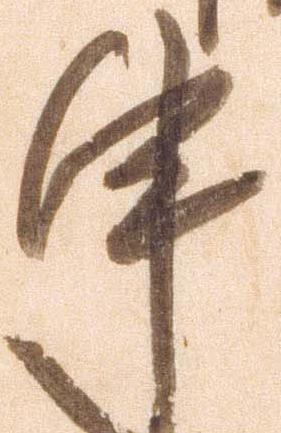
申